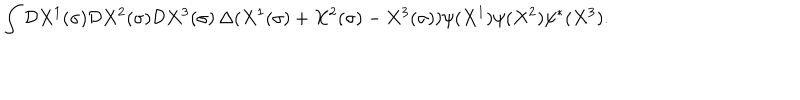
LaTeX: \int { \cal D } X ^ { 1 } ( \sigma ) { \cal D } X ^ { 2 } ( \sigma ) { \cal D } X ^ { 3 } ( \sigma ) \, \Delta ( X ^ { 1 } ( \sigma ) + X ^ { 2 } ( \sigma ) - X ^ { 3 } ( \sigma ) ) \psi ( X ^ { 1 } ) \psi ( X ^ { 2 } ) \psi ^ { * } ( X ^ { 3 } ) .